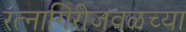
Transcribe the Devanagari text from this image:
रत्‍नागिरीजवळच्या